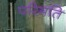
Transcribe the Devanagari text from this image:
परिमति